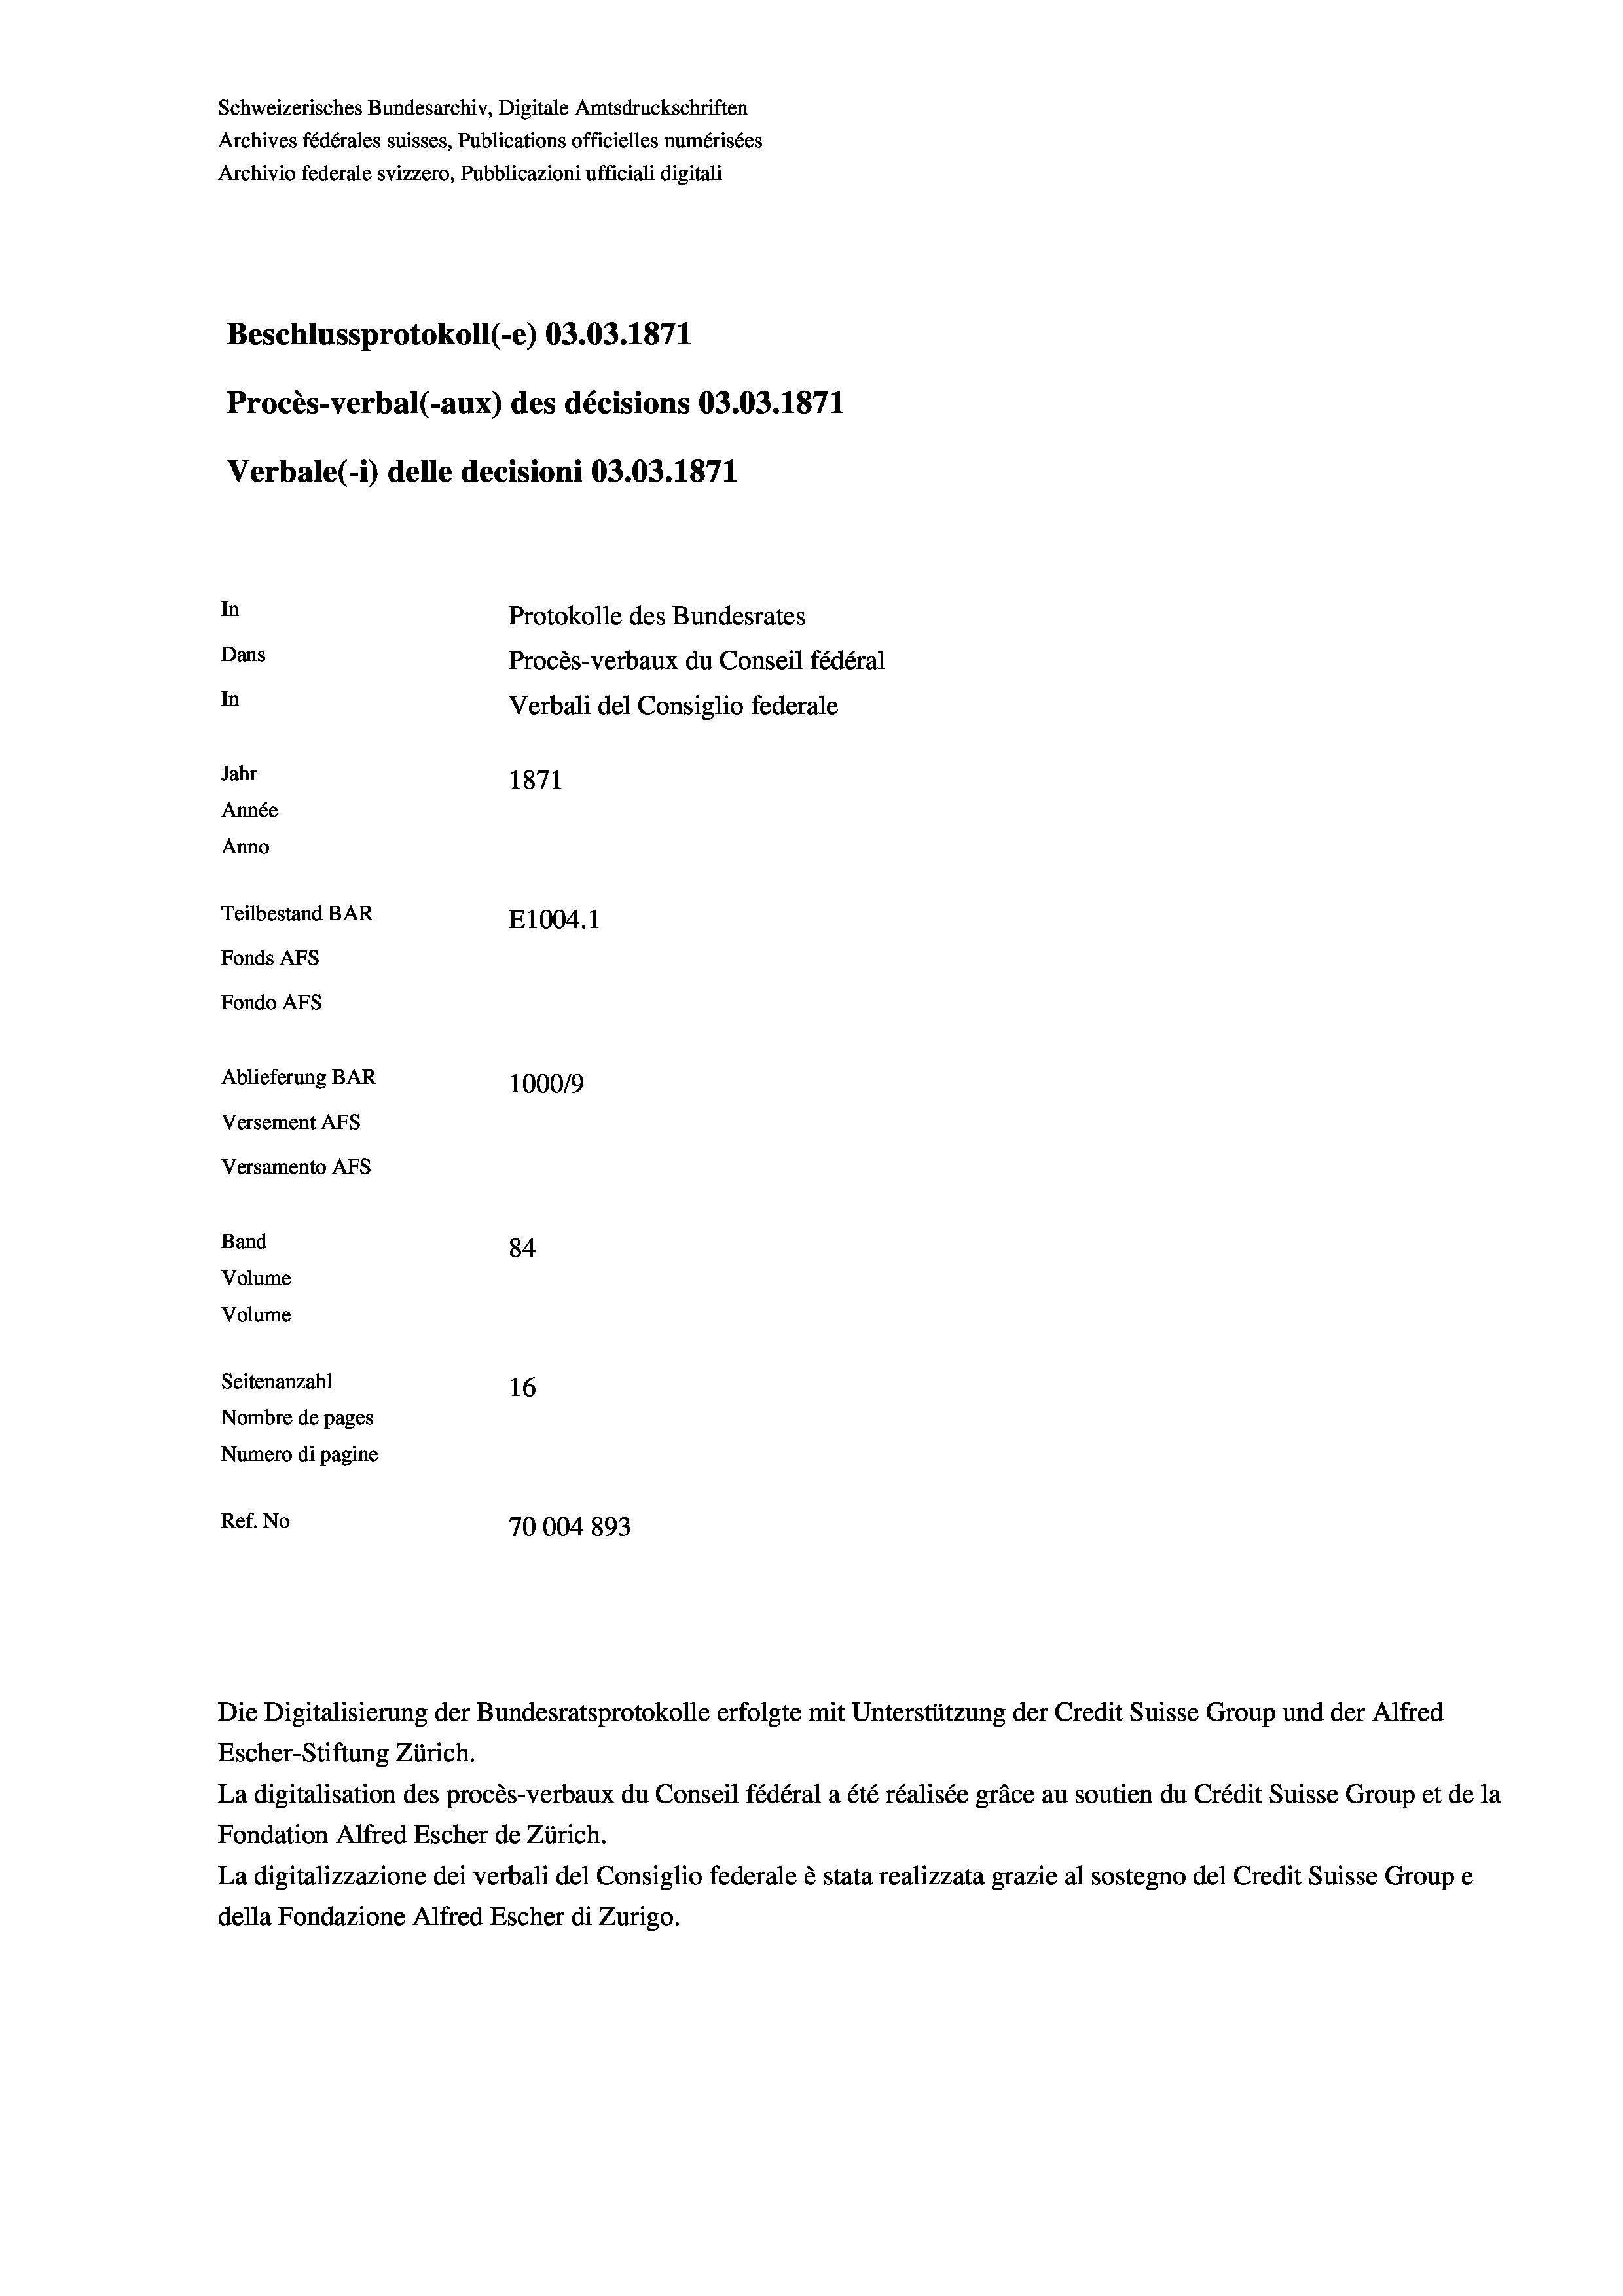
Schweizerisches Bundesarchiv, Digitale Amtsdruckschriften
Archives fédérales suisses, Publications officielles numérisées
Archivio federale svizzero, Pubblicazioni ufficiali digitali
Beschlussprotokoll (-e) 03.03. 1871
Procès-verbal (-aux) des décisions 03.03. 1871
Verbale(-*) delle decisioni 03.03. 1871
In
Protokolle des Bundesrates
Dans
Procès-verbaux du Conseil fédéral
In
Verbali del Consiglio federale
Jahr
1871
Année
Anno
Teilbestand BAR
E1004. 1
Fonds AFs
Fondo AFs
Ablieferung BAR
100019
Versement Abs
Versamento AFs
Band
84
Volume
Volume
Seitenanzahl
16
Nombre de pages
Numero di pagine
Ref. No
70004 893

La digitalisation des procès-verbaux du Conseil fédéral a été réalisée gräce au soutien du Crédit Suisse Group et de la
Fondation Alfred Escher de Zürich.
La digitalizzazione dei verbali del Consiglio federale è stata realizzata grazie al sostegno del Credit Suisse Groupe
della Fondazione Alfred Escher di Zurigo.

Die Digitalisierung der Bundesratsprotokolle erfolgte mit Unterstützung der Credit Suisse Group und der Alfred
Escher-Stiftung Zürich.